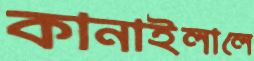
কানাইলালে